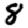
Digit: 8